65_HS1-834228961_62-HQ-83894_Section_9
Agency: FBI
Page 155
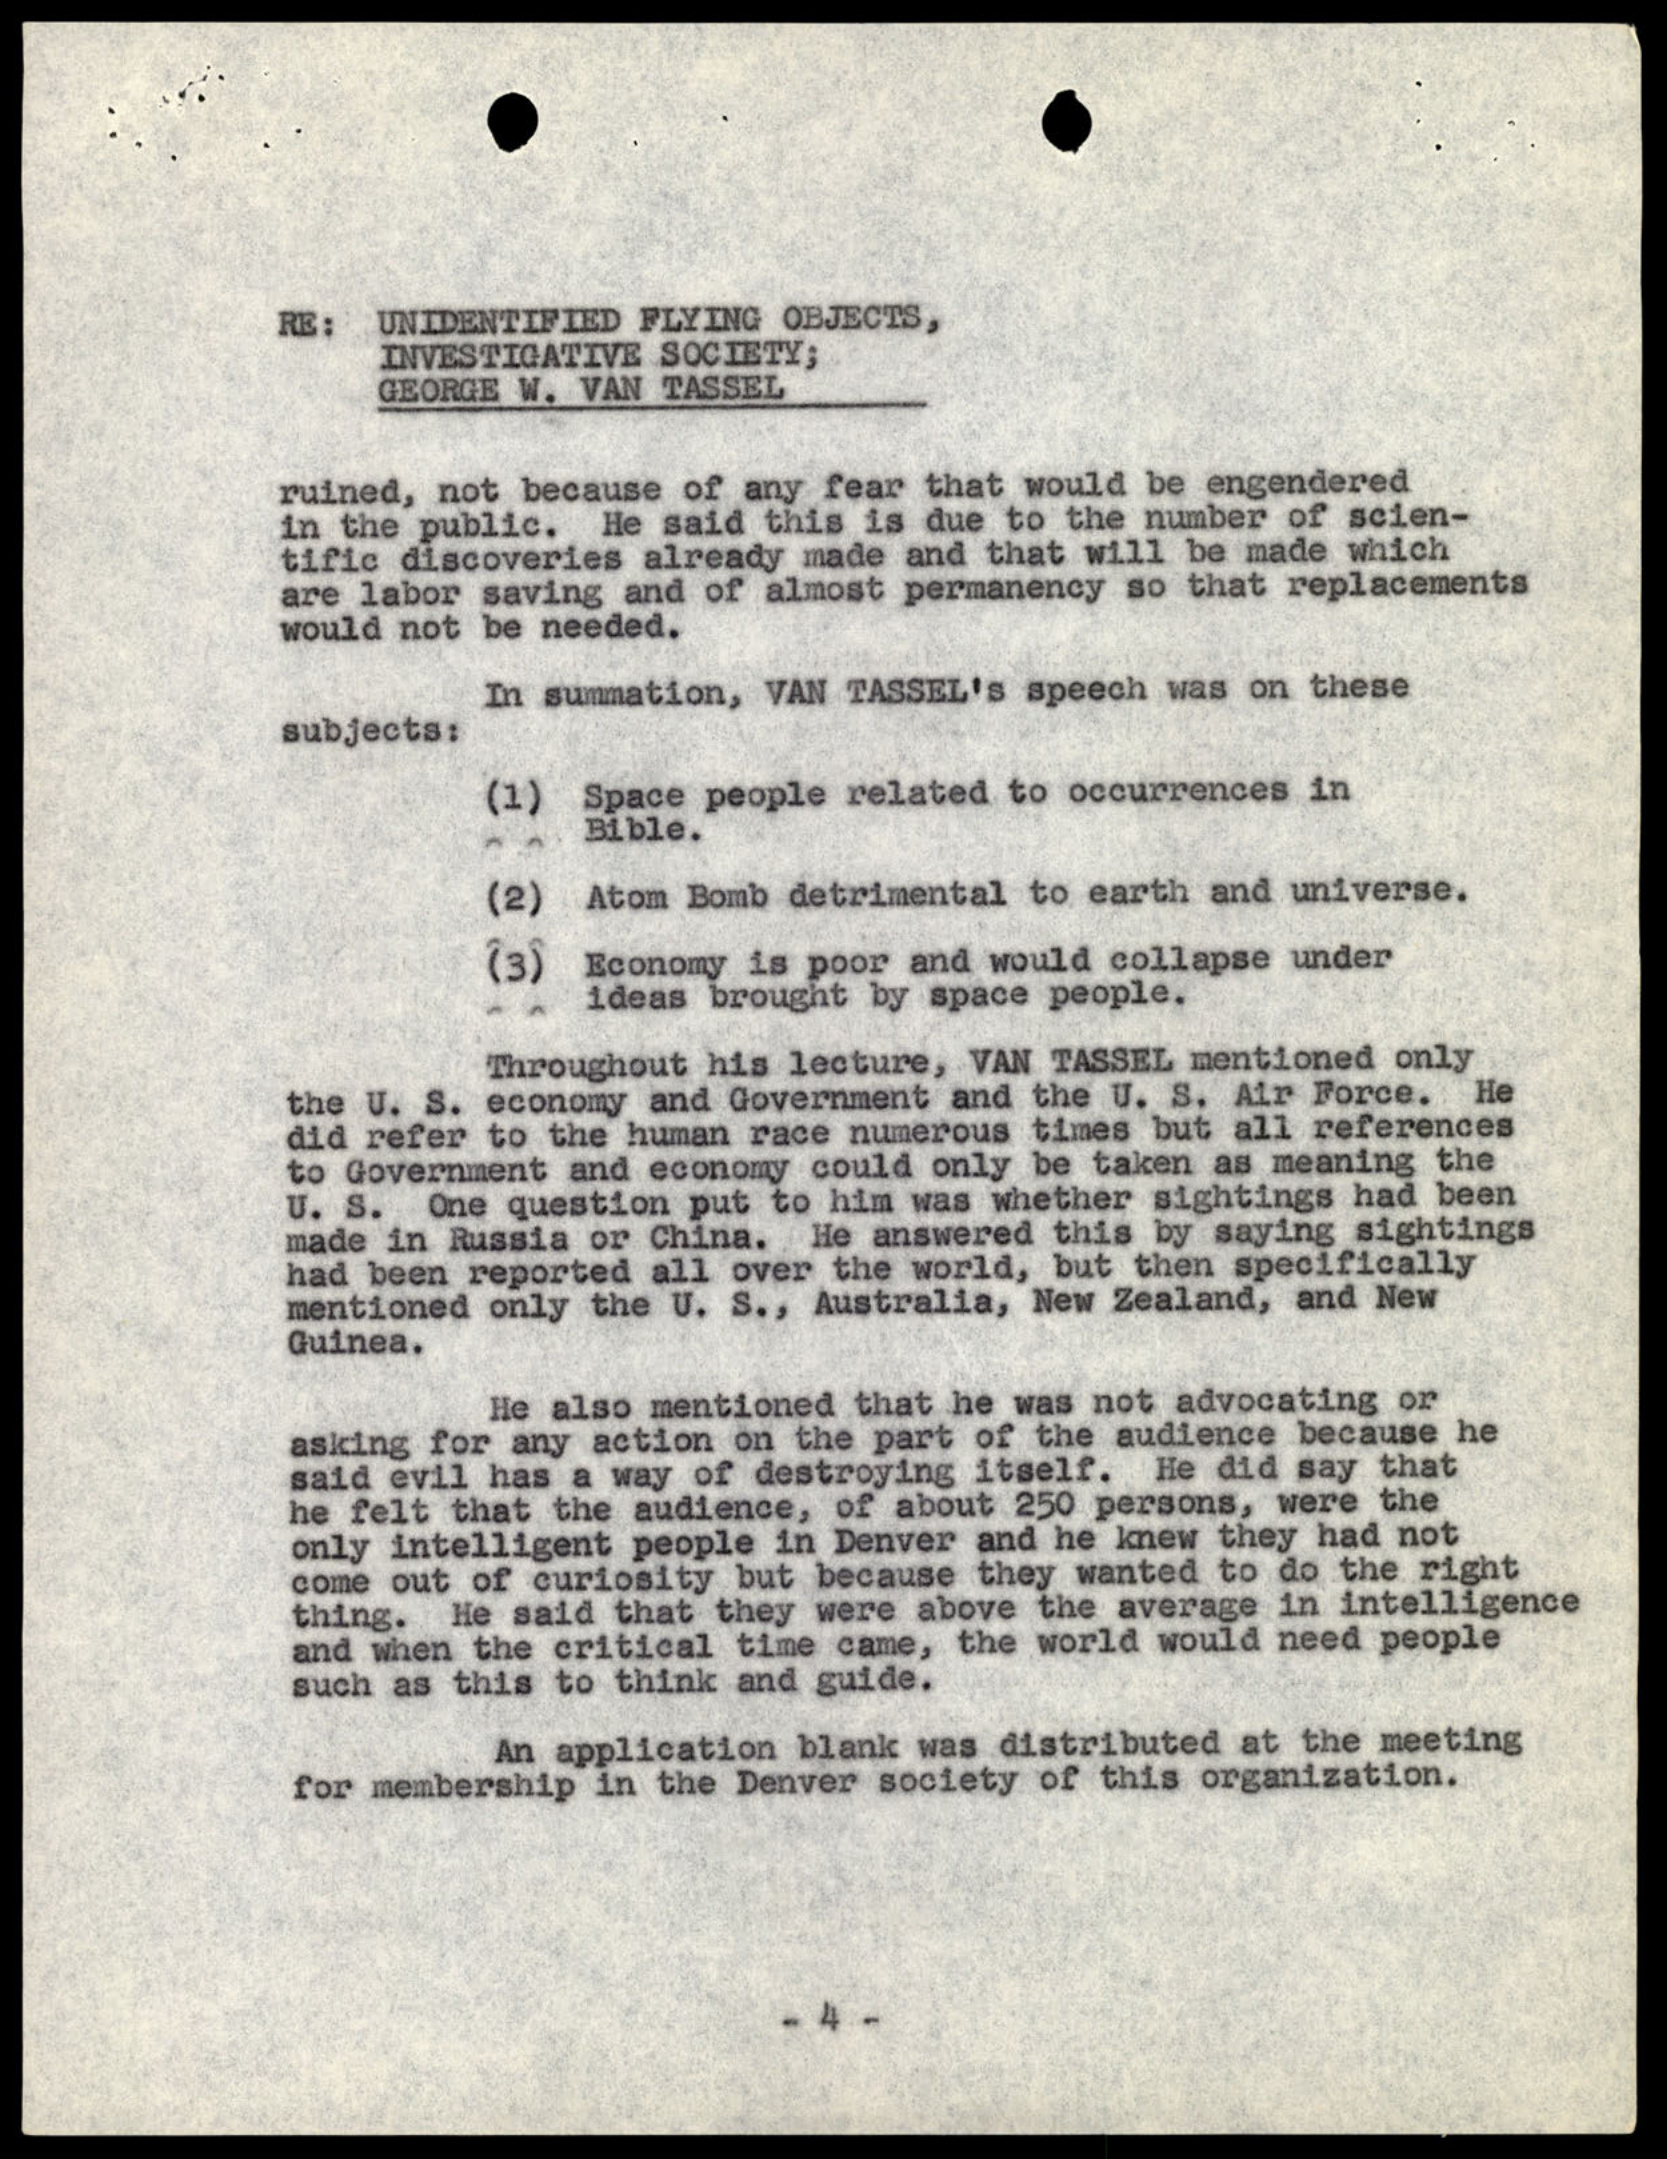